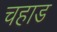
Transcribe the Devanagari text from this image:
चहाड